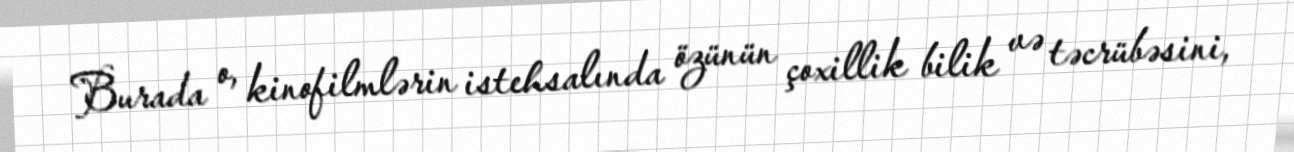
Burada o, kinofilmlərin istehsalında özünün çoxillik bilik və təcrübəsini,